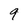
Character: 9